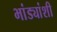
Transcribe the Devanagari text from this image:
भांड्यांशी